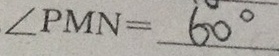
\angle P M N = 6 0 ^ { \circ }